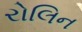
રોલિન